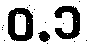
ဝ.၁